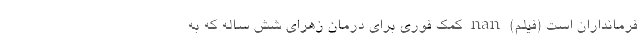
فرمانداران است (فیلم) nan کمک فوری برای درمان زهرای شش ساله که به